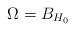
LaTeX: \begin{align*}\Omega=B_{H_0}\,\end{align*}